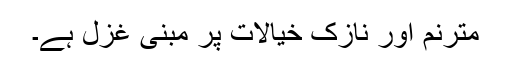
مترنم اور نازک خیالات پر مبنی غزل ہے۔